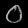
Digit: ၀